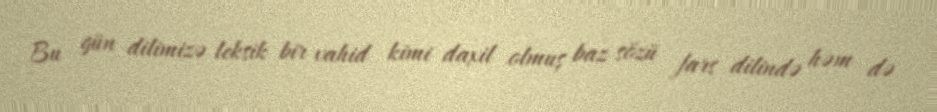
Bu gün dilimizə leksik bir vahid kimi daxil olmuş baz sözü fars dilində həm də